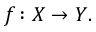
f \colon X \to Y .